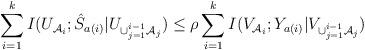
LaTeX: \begin{align*}\sum\limits_{i=1}^kI(U_{\mathcal{A}_i};\hat{S}_{a(i)}|U_{\cup_{j=1}^{i-1}\mathcal{A}_j})\leq\rho\sum\limits_{i=1}^kI(V_{\mathcal{A}_i};Y_{a(i)}|V_{\cup_{j=1}^{i-1}\mathcal{A}_j})\end{align*}